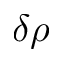
\delta \rho